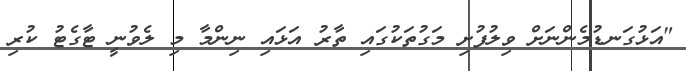
"އަޅުގަނޑުމެންނަށް ވިލުފުށި މަގުތަކުގައި ތާރު އަޅައި ނިންމާ މި ލެވުނީ ޓާގެޓު ކުރި